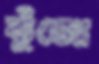
কুঁজো